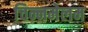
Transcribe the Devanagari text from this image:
चिन्नमेलम